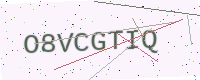
Text: O8VCGTIQ